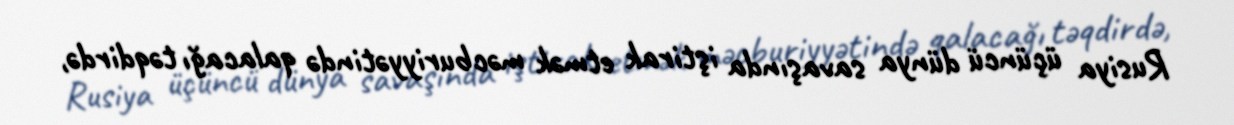
Rusiya üçüncü dünya savaşında iştirak etmək məcburiyyətində qalacağı təqdirdə,